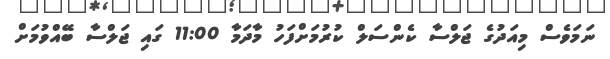
ނަމަވެސް މިއަދުގެ ޖަލްސާ ކެންސަލް ކުރުމަށްފަހު މާދަމާ 11:00 ގައި ޖަލްސާ ބޭއްވުމަށް